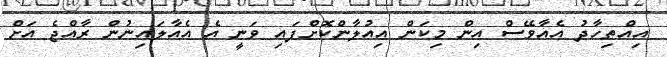
އިއްތިހާދު އެއާވޭސް އިން މިކަން އިއުލާންކޮށްފައި ވަނީ އެ އެއާލައިނުން ރާއްޖެ އަށް